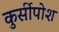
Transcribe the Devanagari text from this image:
कुर्सीपोश